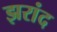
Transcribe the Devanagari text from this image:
झरांद